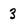
Character: 3